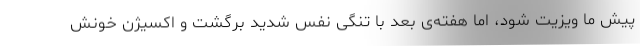
پیش ما ویزیت شود، اما هفته‌ی بعد با تنگی نفس شدید برگشت و اکسیژن خونش